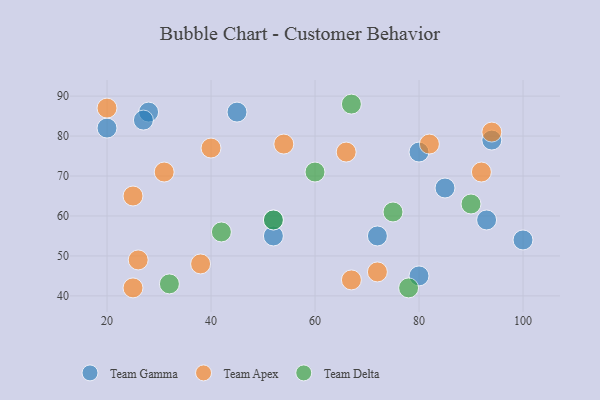
{"axis": {"x": "GDP", "y": "Life Expectancy"}, "legend": ["Team Apex", "Team Delta", "Team Gamma"], "data": [{"x": "28", "y": 86, "type": "Team Gamma"}, {"x": "45", "y": 86, "type": "Team Gamma"}, {"x": "93", "y": 59, "type": "Team Gamma"}, {"x": "72", "y": 55, "type": "Team Gamma"}, {"x": "80", "y": 76, "type": "Team Gamma"}, {"x": "94", "y": 79, "type": "Team Gamma"}, {"x": "85", "y": 67, "type": "Team Gamma"}, {"x": "52", "y": 55, "type": "Team Gamma"}, {"x": "100", "y": 54, "type": "Team Gamma"}, {"x": "27", "y": 84, "type": "Team Gamma"}, {"x": "80", "y": 45, "type": "Team Gamma"}, {"x": "20", "y": 82, "type": "Team Gamma"}, {"x": "52", "y": 59, "type": "Team Gamma"}, {"x": "38", "y": 48, "type": "Team Apex"}, {"x": "82", "y": 78, "type": "Team Apex"}, {"x": "54", "y": 78, "type": "Team Apex"}, {"x": "66", "y": 76, "type": "Team Apex"}, {"x": "26", "y": 49, "type": "Team Apex"}, {"x": "40", "y": 77, "type": "Team Apex"}, {"x": "67", "y": 44, "type": "Team Apex"}, {"x": "20", "y": 87, "type": "Team Apex"}, {"x": "92", "y": 71, "type": "Team Apex"}, {"x": "31", "y": 71, "type": "Team Apex"}, {"x": "94", "y": 81, "type": "Team Apex"}, {"x": "72", "y": 46, "type": "Team Apex"}, {"x": "25", "y": 65, "type": "Team Apex"}, {"x": "25", "y": 42, "type": "Team Apex"}, {"x": "67", "y": 88, "type": "Team Delta"}, {"x": "42", "y": 56, "type": "Team Delta"}, {"x": "32", "y": 43, "type": "Team Delta"}, {"x": "60", "y": 71, "type": "Team Delta"}, {"x": "75", "y": 61, "type": "Team Delta"}, {"x": "90", "y": 63, "type": "Team Delta"}, {"x": "52", "y": 59, "type": "Team Delta"}, {"x": "78", "y": 42, "type": "Team Delta"}]}